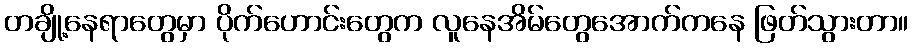
တချို့နေရာတွေမှာ ပိုက်ဟောင်းတွေက လူနေအိမ်တွေအောက်ကနေ ဖြတ်သွားတာ။